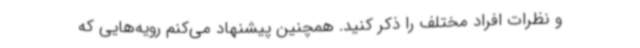
و نظرات افراد مختلف را ذکر کنید. همچنین پیشنهاد می‌کنم رویه‌هایی که